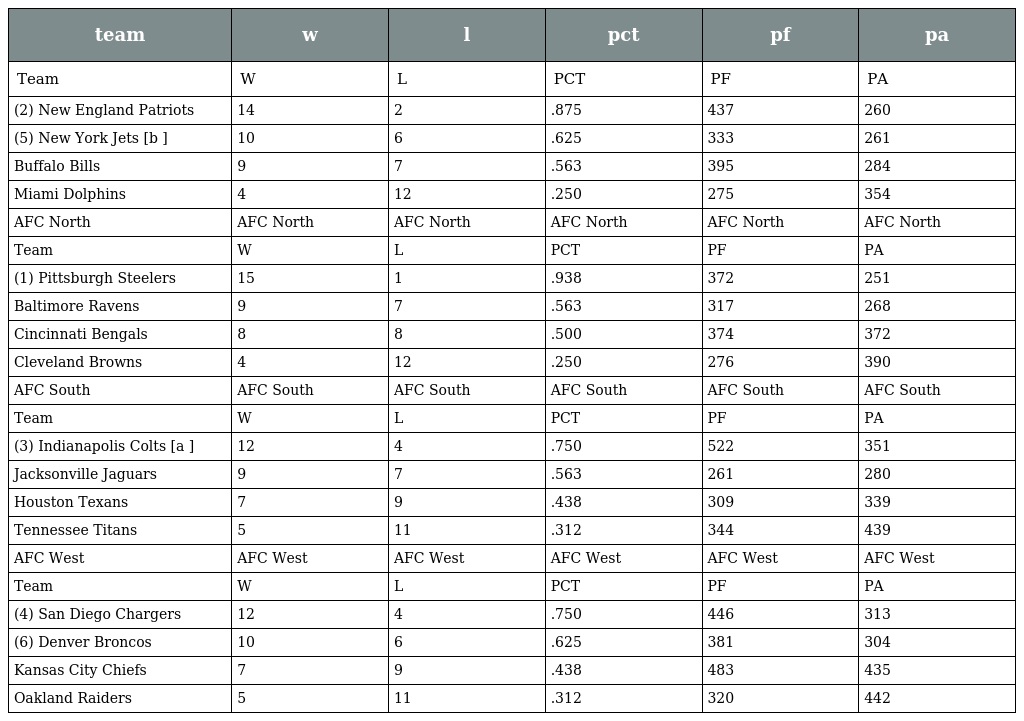
| team | w | l | pct | pf | pa |
 | --- | --- | --- | --- | --- | --- |
 | Team | W | L | PCT | PF | PA |
 | (2) New England Patriots | 14 | 2 | .875 | 437 | 260 |
 | (5) New York Jets [b ] | 10 | 6 | .625 | 333 | 261 |
 | Buffalo Bills | 9 | 7 | .563 | 395 | 284 |
 | Miami Dolphins | 4 | 12 | .250 | 275 | 354 |
 | AFC North | AFC North | AFC North | AFC North | AFC North | AFC North |
 | Team | W | L | PCT | PF | PA |
 | (1) Pittsburgh Steelers | 15 | 1 | .938 | 372 | 251 |
 | Baltimore Ravens | 9 | 7 | .563 | 317 | 268 |
 | Cincinnati Bengals | 8 | 8 | .500 | 374 | 372 |
 | Cleveland Browns | 4 | 12 | .250 | 276 | 390 |
 | AFC South | AFC South | AFC South | AFC South | AFC South | AFC South |
 | Team | W | L | PCT | PF | PA |
 | (3) Indianapolis Colts [a ] | 12 | 4 | .750 | 522 | 351 |
 | Jacksonville Jaguars | 9 | 7 | .563 | 261 | 280 |
 | Houston Texans | 7 | 9 | .438 | 309 | 339 |
 | Tennessee Titans | 5 | 11 | .312 | 344 | 439 |
 | AFC West | AFC West | AFC West | AFC West | AFC West | AFC West |
 | Team | W | L | PCT | PF | PA |
 | (4) San Diego Chargers | 12 | 4 | .750 | 446 | 313 |
 | (6) Denver Broncos | 10 | 6 | .625 | 381 | 304 |
 | Kansas City Chiefs | 7 | 9 | .438 | 483 | 435 |
 | Oakland Raiders | 5 | 11 | .312 | 320 | 442 |